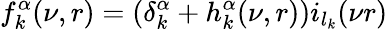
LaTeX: f_{k}^{\alpha}(\nu,r)=\left(\delta_{k}^{\alpha}+h_{k}^{\alpha}(\nu,r)\right)i_{l_{k}}(\nu r)